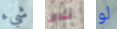
شيء شخص لو